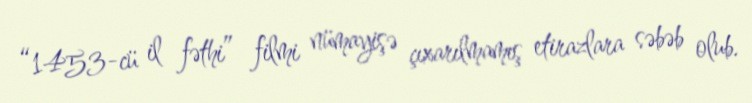
“1453-cü il fəthi” filmi nümayişə çıxarılmamış etirazlara səbəb olub.